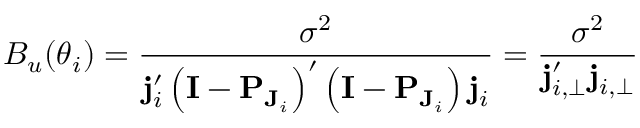
B _ { u } ( \boldsymbol \theta _ { i } ) = \frac { \sigma ^ { 2 } } { \mathbf { j } _ { i } ^ { \prime } \left( \mathbf { I } - \mathbf { P } _ { \mathbf { J } _ { i } } \right) ^ { \prime } \left( \mathbf { I } - \mathbf { P } _ { \mathbf { J } _ { i } } \right) \mathbf { j } _ { i } } = \frac { \sigma ^ { 2 } } { \mathbf { j } _ { i , \perp } ^ { \prime } \mathbf { j } _ { i , \perp } }